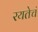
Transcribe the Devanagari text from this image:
रयतेचं